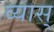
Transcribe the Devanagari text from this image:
व्यास्